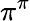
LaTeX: \pi^{\pi}